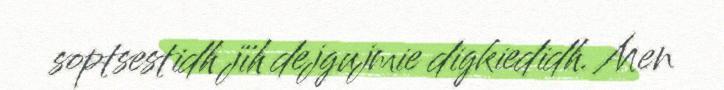
soptsestidh jïh dejgujmie digkiedidh. Men